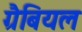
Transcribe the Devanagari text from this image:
ग्रैबियल